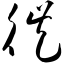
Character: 徙